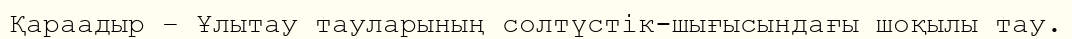
Қараадыр – Ұлытау тауларының солтүстік-шығысындағы шоқылы тау.